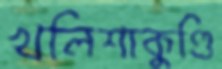
খলিশাকুণ্ডি